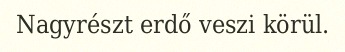
Nagyrészt erdő veszi körül.